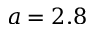
a = 2 . 8